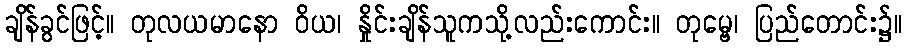
ချိန်ခွင်ဖြင့်။ တုလယမာနော ဝိယ၊ နှိုင်းချိန်သူကသို့လည်းကောင်း။ တုမ္ဗေ၊ ပြည်တောင်း၌။